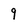
Character: 9